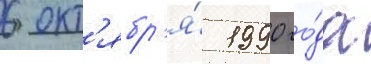
6 окт'ябр'я́ 1990 го́да